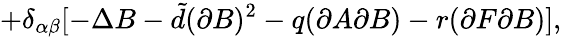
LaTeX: +\delta_{\alpha\beta}[-\Delta B-{\tilde{d}}(\partial B)^{2}-q(\partial A\partial B)-r(\partial F\partial B)],